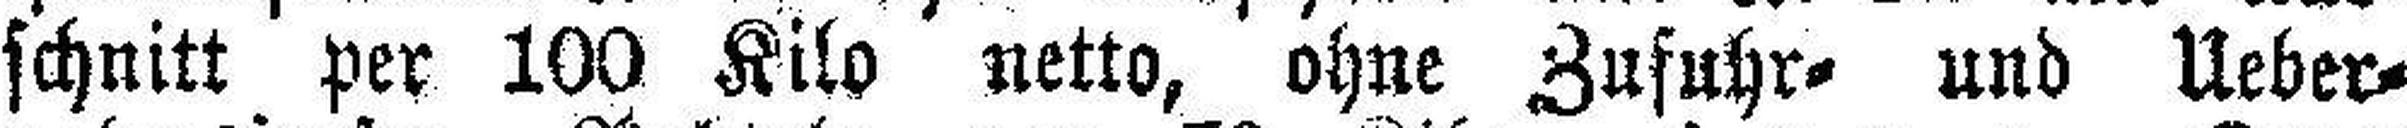
schnitt per 100 Kilo netto, ohne Zufuhr= und Ueber¬